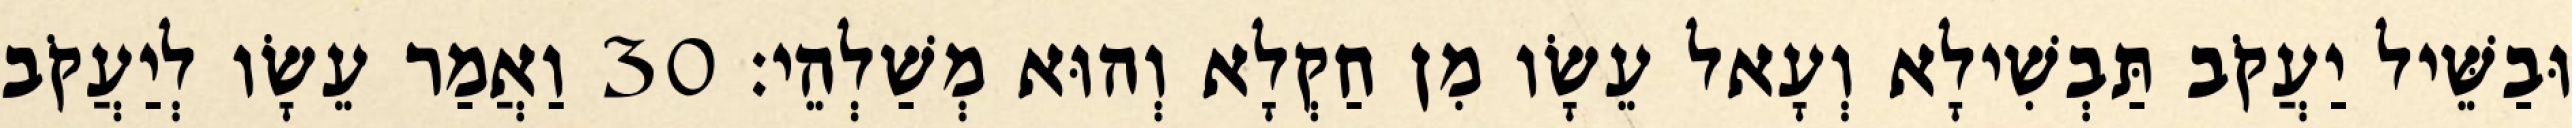
וּבַשֵּׁיל יַעֲקֹב תַּבְשִׁילָא וְעָאל עֵשָׂו מִן חַקְלָא וְהוּא מְשַׁלְהֵי׃ 30 וַאֲמַר עֵשָׂו לְיַעֲקֹב